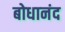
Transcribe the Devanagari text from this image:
बोधानंद